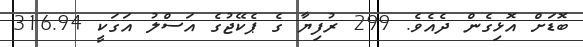
ބޮޑަށް އޮޅިގެން ދެއެވެ. 299 ރުފިޔާ ގެ ޕެކޭޖުގެ އަސްލު އަގަކީ 316.94